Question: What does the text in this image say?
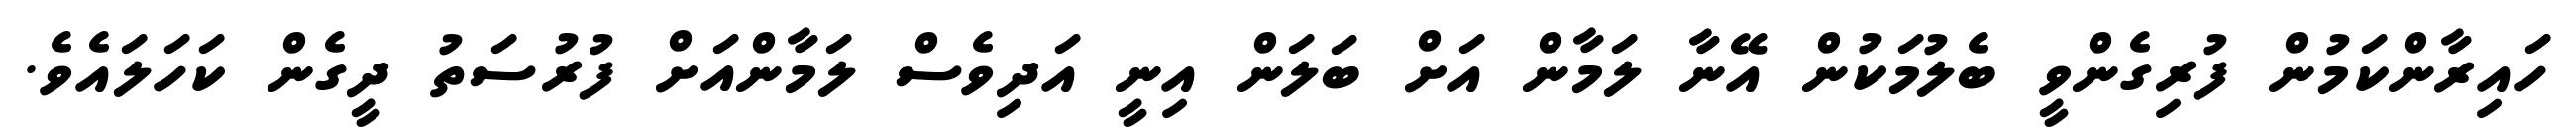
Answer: ހައިރާންކަމުން ފުރިގެންވީ ބެލުމަކުން އޭނާ ލަމާން އަށް ބަލަން އިނީ އަދިވެސް ލަމާންއަށް ފުރުސަތު ދީގެން ކަހަލައެވެ.